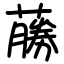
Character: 蕂